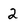
Character: 2